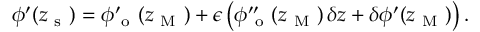
\phi ^ { \prime } ( z _ { \mathrm { ~ s ~ } } ) = \phi _ { \mathrm { ~ o ~ } } ^ { \prime } ( z _ { \mathrm { ~ M ~ } } ) + \epsilon \left( \phi _ { \mathrm { ~ o ~ } } ^ { \prime \prime } ( z _ { \mathrm { ~ M ~ } } ) \, \delta z + \delta \phi ^ { \prime } ( z _ { \mathrm { ~ M ~ } } ) \right) .